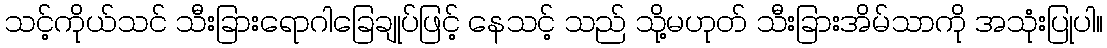
သင့်ကိုယ်သင် သီးခြားရောဂါခြေချုပ်ဖြင့် နေသင့် သည် သို့မဟုတ် သီးခြားအိမ်သာကို အသုံးပြုပါ။